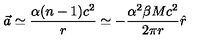
\vec { a } \simeq \frac { \alpha ( n - 1 ) c ^ { 2 } } { r } \simeq - \frac { \alpha ^ { 2 } \beta M c ^ { 2 } } { 2 \pi r } \hat { r }